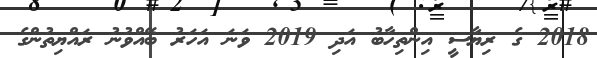
2018 ގެ ރިޔާސީ އިންތިހާބު އަދި 2019 ވަނަ އަހަރު ބޭއްވުނު ރައްޔިތުންގެ